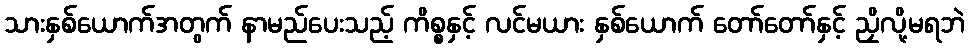
သားနှစ်ယောက်အတွက် နာမည်ပေးသည့် ကိစ္စနှင့် လင်မယား နှစ်ယောက် တော်တော်နှင့် ညှိလို့မရဘဲ